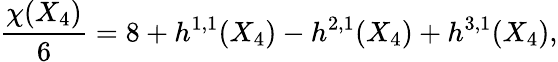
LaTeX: {\frac{\chi(X_{4})}{6}}=8+h^{1,1}(X_{4})-h^{2,1}(X_{4})+h^{3,1}(X_{4}),